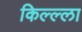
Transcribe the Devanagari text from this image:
किल्ल्‍ला